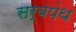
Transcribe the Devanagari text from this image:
सर्वपंथ